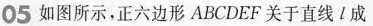
05 如图所示，正六边形ABCDEF关于直线l成